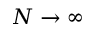
N \rightarrow \infty